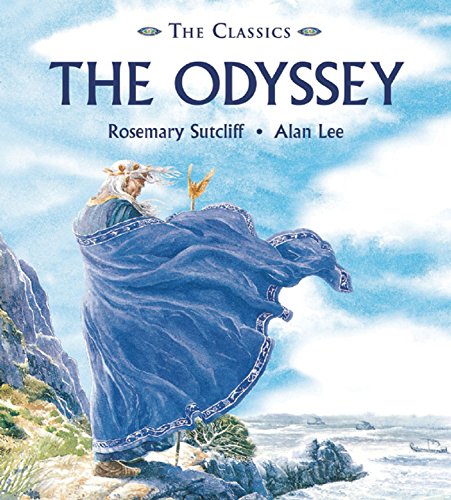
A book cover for Odyssey (The Classics); Children's Books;